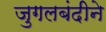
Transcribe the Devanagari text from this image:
जुगलबंदीने